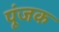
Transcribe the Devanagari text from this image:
पूंजक